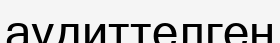
аудиттелген